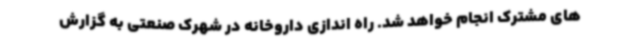
های مشترک انجام خواهد شد. راه اندازی داروخانه در شهرک صنعتی به گزارش